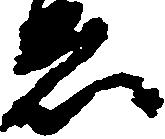
ゑ